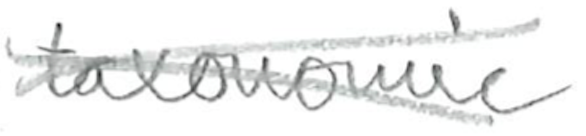
Text: taxonomic
Cross-out: cross
Writing tool: pencil